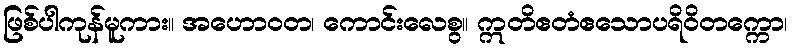
ဖြစ်ပါကုန်မူကား။ အဟောဝတ၊ ကောင်းလေစွ။ ဣတိဧတံဧသောပရိဝိတက္ကော၊